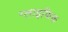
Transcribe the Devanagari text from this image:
ग्लाइफिक